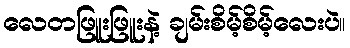
လေတဖြူးဖြူးနဲ့ ချမ်းစိမ့်စိမ့်လေးပဲ။